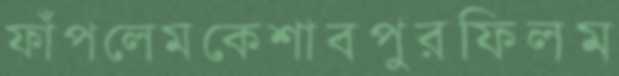
ফাঁপলেমকেশাবপুরফিলম